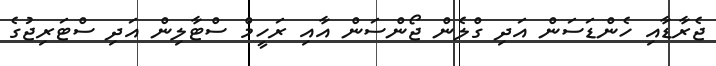
ޖެރާޑާއި ހެންޑަސަން އަދި ގްލެން ޖޯންސަން އާއި ރަހީމް ސްޓާލިން އަދި ސްޓަރިޖުގެ